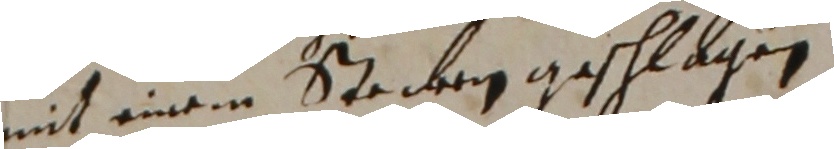
mit einem stecken geschlagen.